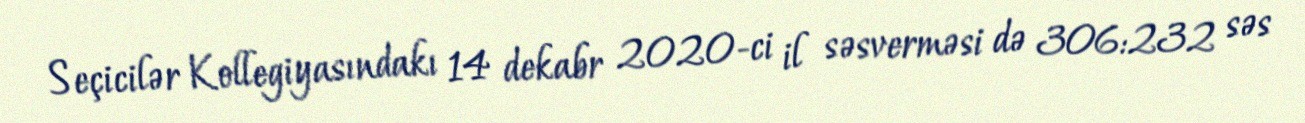
Seçicilər Kollegiyasındakı 14 dekabr 2020-ci il səsverməsi də 306:232 səs